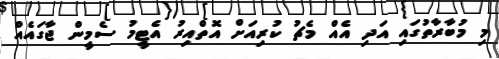
މި މުބާރާތުގައި އަދި އެއް މެޗު ކުރިއަށް އޮތްއިރު އެޓީމު ސެމީން ޖާގައެއް